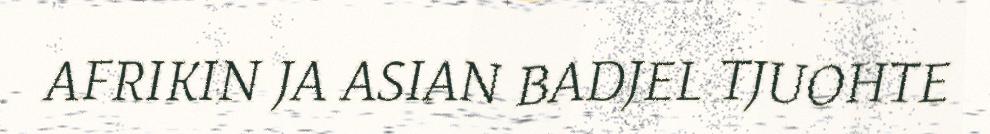
AFRIKIN JA ASIAN BADJEL TJUOHTE